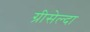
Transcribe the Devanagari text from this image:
ग्रीसेल्दा